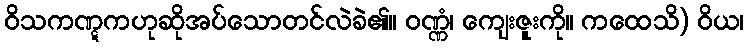
ဝိသကဏ္ဋကဟုဆိုအပ်သောတင်လဲခဲ၏။ ဝဏ္ဏံ၊ ကျေးဇူးကို။ ကထေသိ) ဝိယ၊